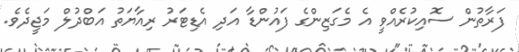
ފަރާތުން ސޮއިކުރެއްވީ އެ މެގަޒިންގެ ފައުންޑާ އަދި އެޑިޓަރު ރިއާޔަތު އަބްދުލް މަޖީދެވެ.